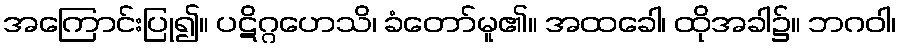
အကြောင်းပြု၍။ ပဋိဂ္ဂဟေသိ၊ ခံတော်မူ၏။ အထခေါ၊ ထိုအခါ၌။ ဘဂဝါ၊